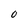
Character: O